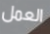
العمل